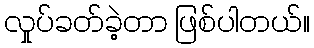
လှုပ်ခတ်ခဲ့တာ ဖြစ်ပါတယ်။